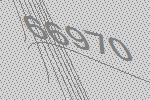
66970